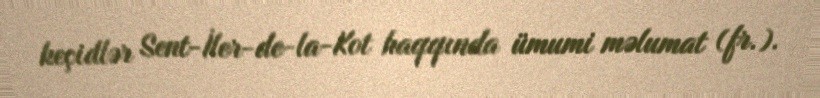
keçidlər Sent-İler-de-la-Kot haqqında ümumi məlumat (fr.).